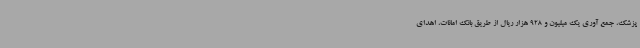
پزشک، جمع آوری یک میلیون و 928 هزار ریال از طریق بانک امانات، اهدای